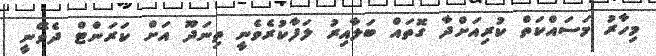
މިހާރު މަސައްކަތް ކުރިއަށްދާ ގޮތައް ބަލާއިރު ލަފާކުރެވެނީ ތިނަދޫ އަށް ކަރަންޓް ދެވޭނީ